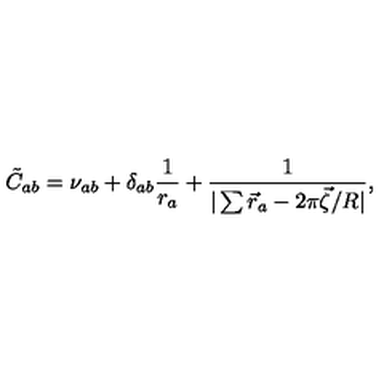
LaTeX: \tilde { C } _ { a b } = \nu _ { a b } + \delta _ { a b } \frac { 1 } { r _ { a } } + \frac { 1 } { | \sum \vec { r } _ { a } - 2 \pi \vec { \zeta } / R | } ,